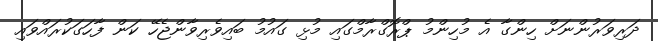
ދަރިވަރުންނަށް ހިންގާ އެ މުހިންމު ޕްރޮގްރާމްގައި މުޅި ގައުމު ބައިވެރިވާންޖެހޭ ކަން ފާހަގަކުރައްވައި